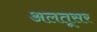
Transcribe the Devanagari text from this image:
अलतूसर